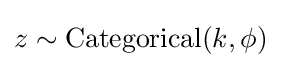
z\sim \operatorname {Categorical} (k,\phi )